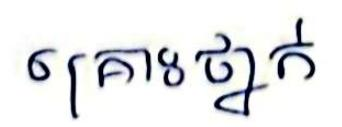
គ្រោះថ្នាក់